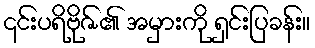
၎င်းပရိဗိုဇ်၏ အမှားကို ရှင်းပြခန်း။